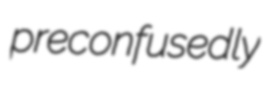
preconfusedly